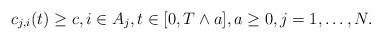
LaTeX: \begin{align*}c_{j,i}(t)\ge c,i\in A_j,t\in [0,T\wedge a],a\ge0,j=1,\dots,N.\end{align*}